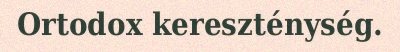
Ortodox kereszténység.